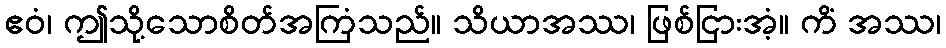
ဧဝံ၊ ဤသို့သောစိတ်အကြံသည်။ သိယာအဿ၊ ဖြစ်ငြားအံ့။ ကိံ အဿ၊